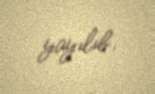
yayılıb.